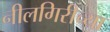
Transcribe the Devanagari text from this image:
नीलगिरीच्या